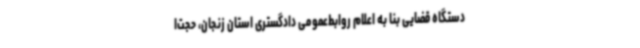
دستگاه قضایی بنا به اعلام روابط‌عمومی دادگستری استان زنجان، حجت‌ا